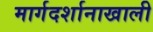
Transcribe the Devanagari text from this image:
मार्गदर्शानाखाली